Indian journal of veterinary science and animal husbandry - Volume 9,
Year: 1939
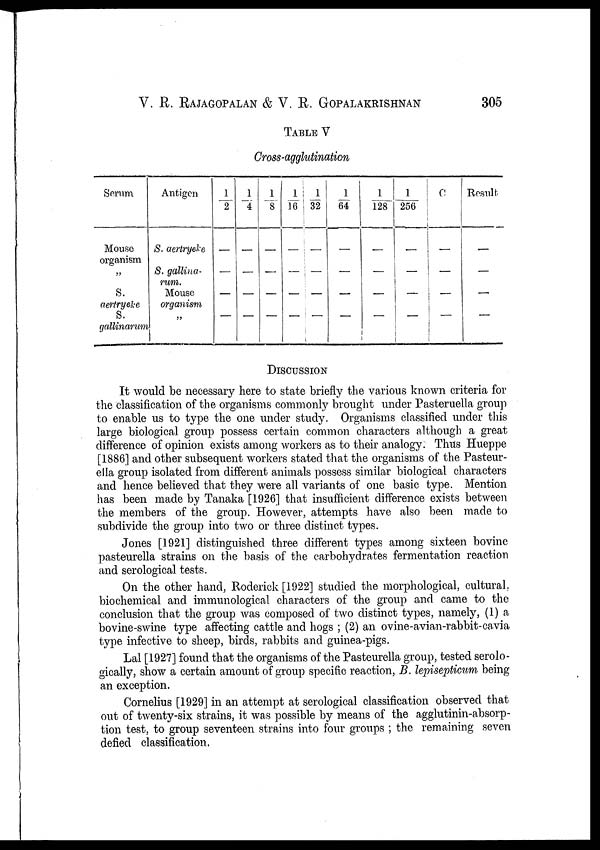
V. R. RAJAGOPALAN & V. R. GOPALAKRISHNAN 305
TABLE V
Cross-agglutination
Serum
Mouse
organism
„
S.
aertryeke
S.
gallinarum
Antigen
S. aertryeke
S. gallina-
rum.
Mouse
orgamsm
„
½
—
—
—
—
¼
—
—
—
—
⅛
—
—
—
—
1/16
—
—
—
—
1/32
—
—
—
—
1/64
—
—
—
—
1/128
—
—
—
—
1/256
—
—
—
—
C
—
—
—
—
Result
—
—
—
—
DISCUSSION
It would be necessary here to state briefly the various known criteria for
the classification of the organisms commonly brought under Pasteruella group
to enable us to type the one under study. Organisms classified under this
large biological group possess certain common characters although a great
difference of opinion exists among workers as to their analogy. Thus Hueppe
[1886] and other subsequent workers stated that the organisms of the Pasteur
ella group isolated from different animals possess similar biological characters
and hence believed that they were all variants of one basic type. Mention
has been made by Tanaka [1926] that insufficient difference exists between
the members of the group. However, attempts have also been made to
subdivide the group into two or three distinct types.
Jones [1921] distinguished three different types among sixteen bovine
pasteurella strains on the basis of the carbohydrates fermentation reaction
and serological tests.
On the other hand, Roderick [1922] studied the morphological, cultural,
biochemical and immunological characters of the group and came to the
conclusion that the group was composed of two distinct types, namely, (1) a
bovine-swine type affecting cattle and hogs ; (2) an ovine-avian-rabbit-cavia
type infective to sheep, birds, rabbits and guinea-pigs.
Lal[1927] found that the organisms of the Pasteurella group, tested serolo
gically, show a certain amount of group specific reaction, B. lepisepticum being
an exception.
Cornelius [1929] in an attempt at serological classification observed that
out of twenty-six strains, it was possible by means of the agglutinin-absorp¬
tion test, to group seventeen strains into four groups ; the remaining seven
defied classification.